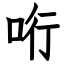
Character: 哘